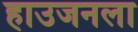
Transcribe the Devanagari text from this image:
हाउजनला